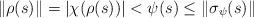
LaTeX: \begin{align*}\|\rho(s)\|=|\chi(\rho(s))|<\psi(s)\leq \|\sigma_\psi(s)\|\end{align*}